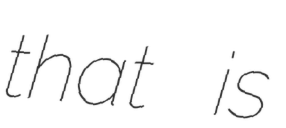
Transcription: that is